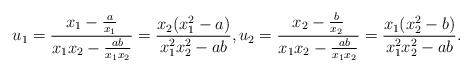
LaTeX: \begin{align*} u_1=\frac{x_1-\frac{a}{x_1}}{x_1x_2-\frac{ab}{x_1x_2}}=\frac{x_2(x_1^2-a)}{x_1^2x_2^2-ab},u_2=\frac{x_2-\frac{b}{x_2}}{x_1x_2-\frac{ab}{x_1x_2}}=\frac{x_1(x_2^2-b)}{x_1^2x_2^2-ab}.\end{align*}